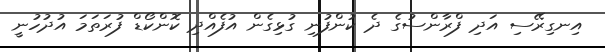
އިނގިރޭސި އަދި ފްރާންސުގެ ދެ ކުންފުނި ގުޅިގެން އުފެއްދި ކޮންކޯޑް ފުރަތަމަ އުދުހުނީ